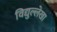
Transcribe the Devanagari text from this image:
विद्युल्लेखा